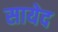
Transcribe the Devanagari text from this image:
सायेद